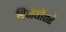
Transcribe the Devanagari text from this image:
विजयोत्तरे